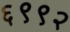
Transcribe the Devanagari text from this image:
६९९२